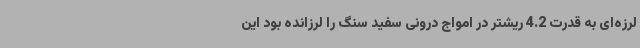
لرزه‌ای به قدرت 4.2 ریشتر در امواج درونی سفید سنگ را لرزانده بود این